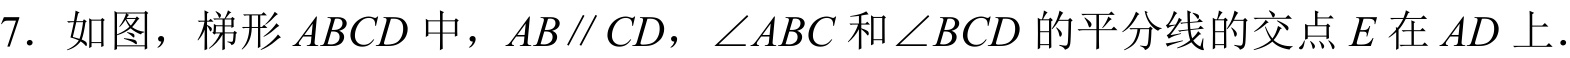
7. 如图，梯形\(ABCD\)中，\(AB\parallel CD\)，\(\angle ABC\)和\(\angle BCD\)的平分线的交点\(E\)在\(AD\)上.